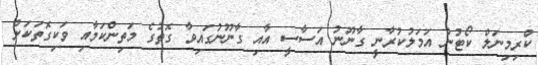
ކްރިމިނަލް ކޯޓުން އަމަލުކުރާނީ ގާނޫނު އަސާސީ އާއި ގާނޫނުގައިވާ ގޮތުގެ މަތިންކަމާއި ވަކިގޮތަކަށް